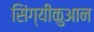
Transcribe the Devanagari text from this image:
सिंग्यीकुआन